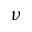
\nu